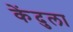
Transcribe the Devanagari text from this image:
केंदुला